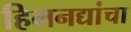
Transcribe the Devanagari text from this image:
हिमनद्यांचा